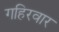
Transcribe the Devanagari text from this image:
गहिरवार